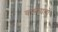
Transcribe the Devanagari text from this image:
वसीयतों